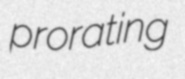
prorating